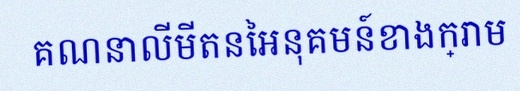
គណនាលីមីតនៃអនុគមន៍ខាងក្រោម